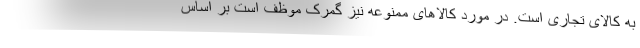
به کالای تجاری است. در مورد کالاهای ممنوعه نیز گمرک موظف است بر اساس